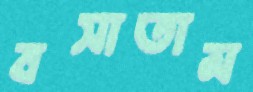
বসাতাম